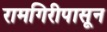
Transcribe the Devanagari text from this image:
रामगिरीपासून